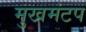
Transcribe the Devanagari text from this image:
मुखमंटप